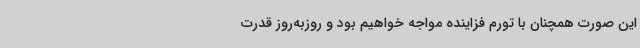
این‌ صورت همچنان با تورم فزاینده مواجه خواهیم بود و روزبه‌روز قدرت